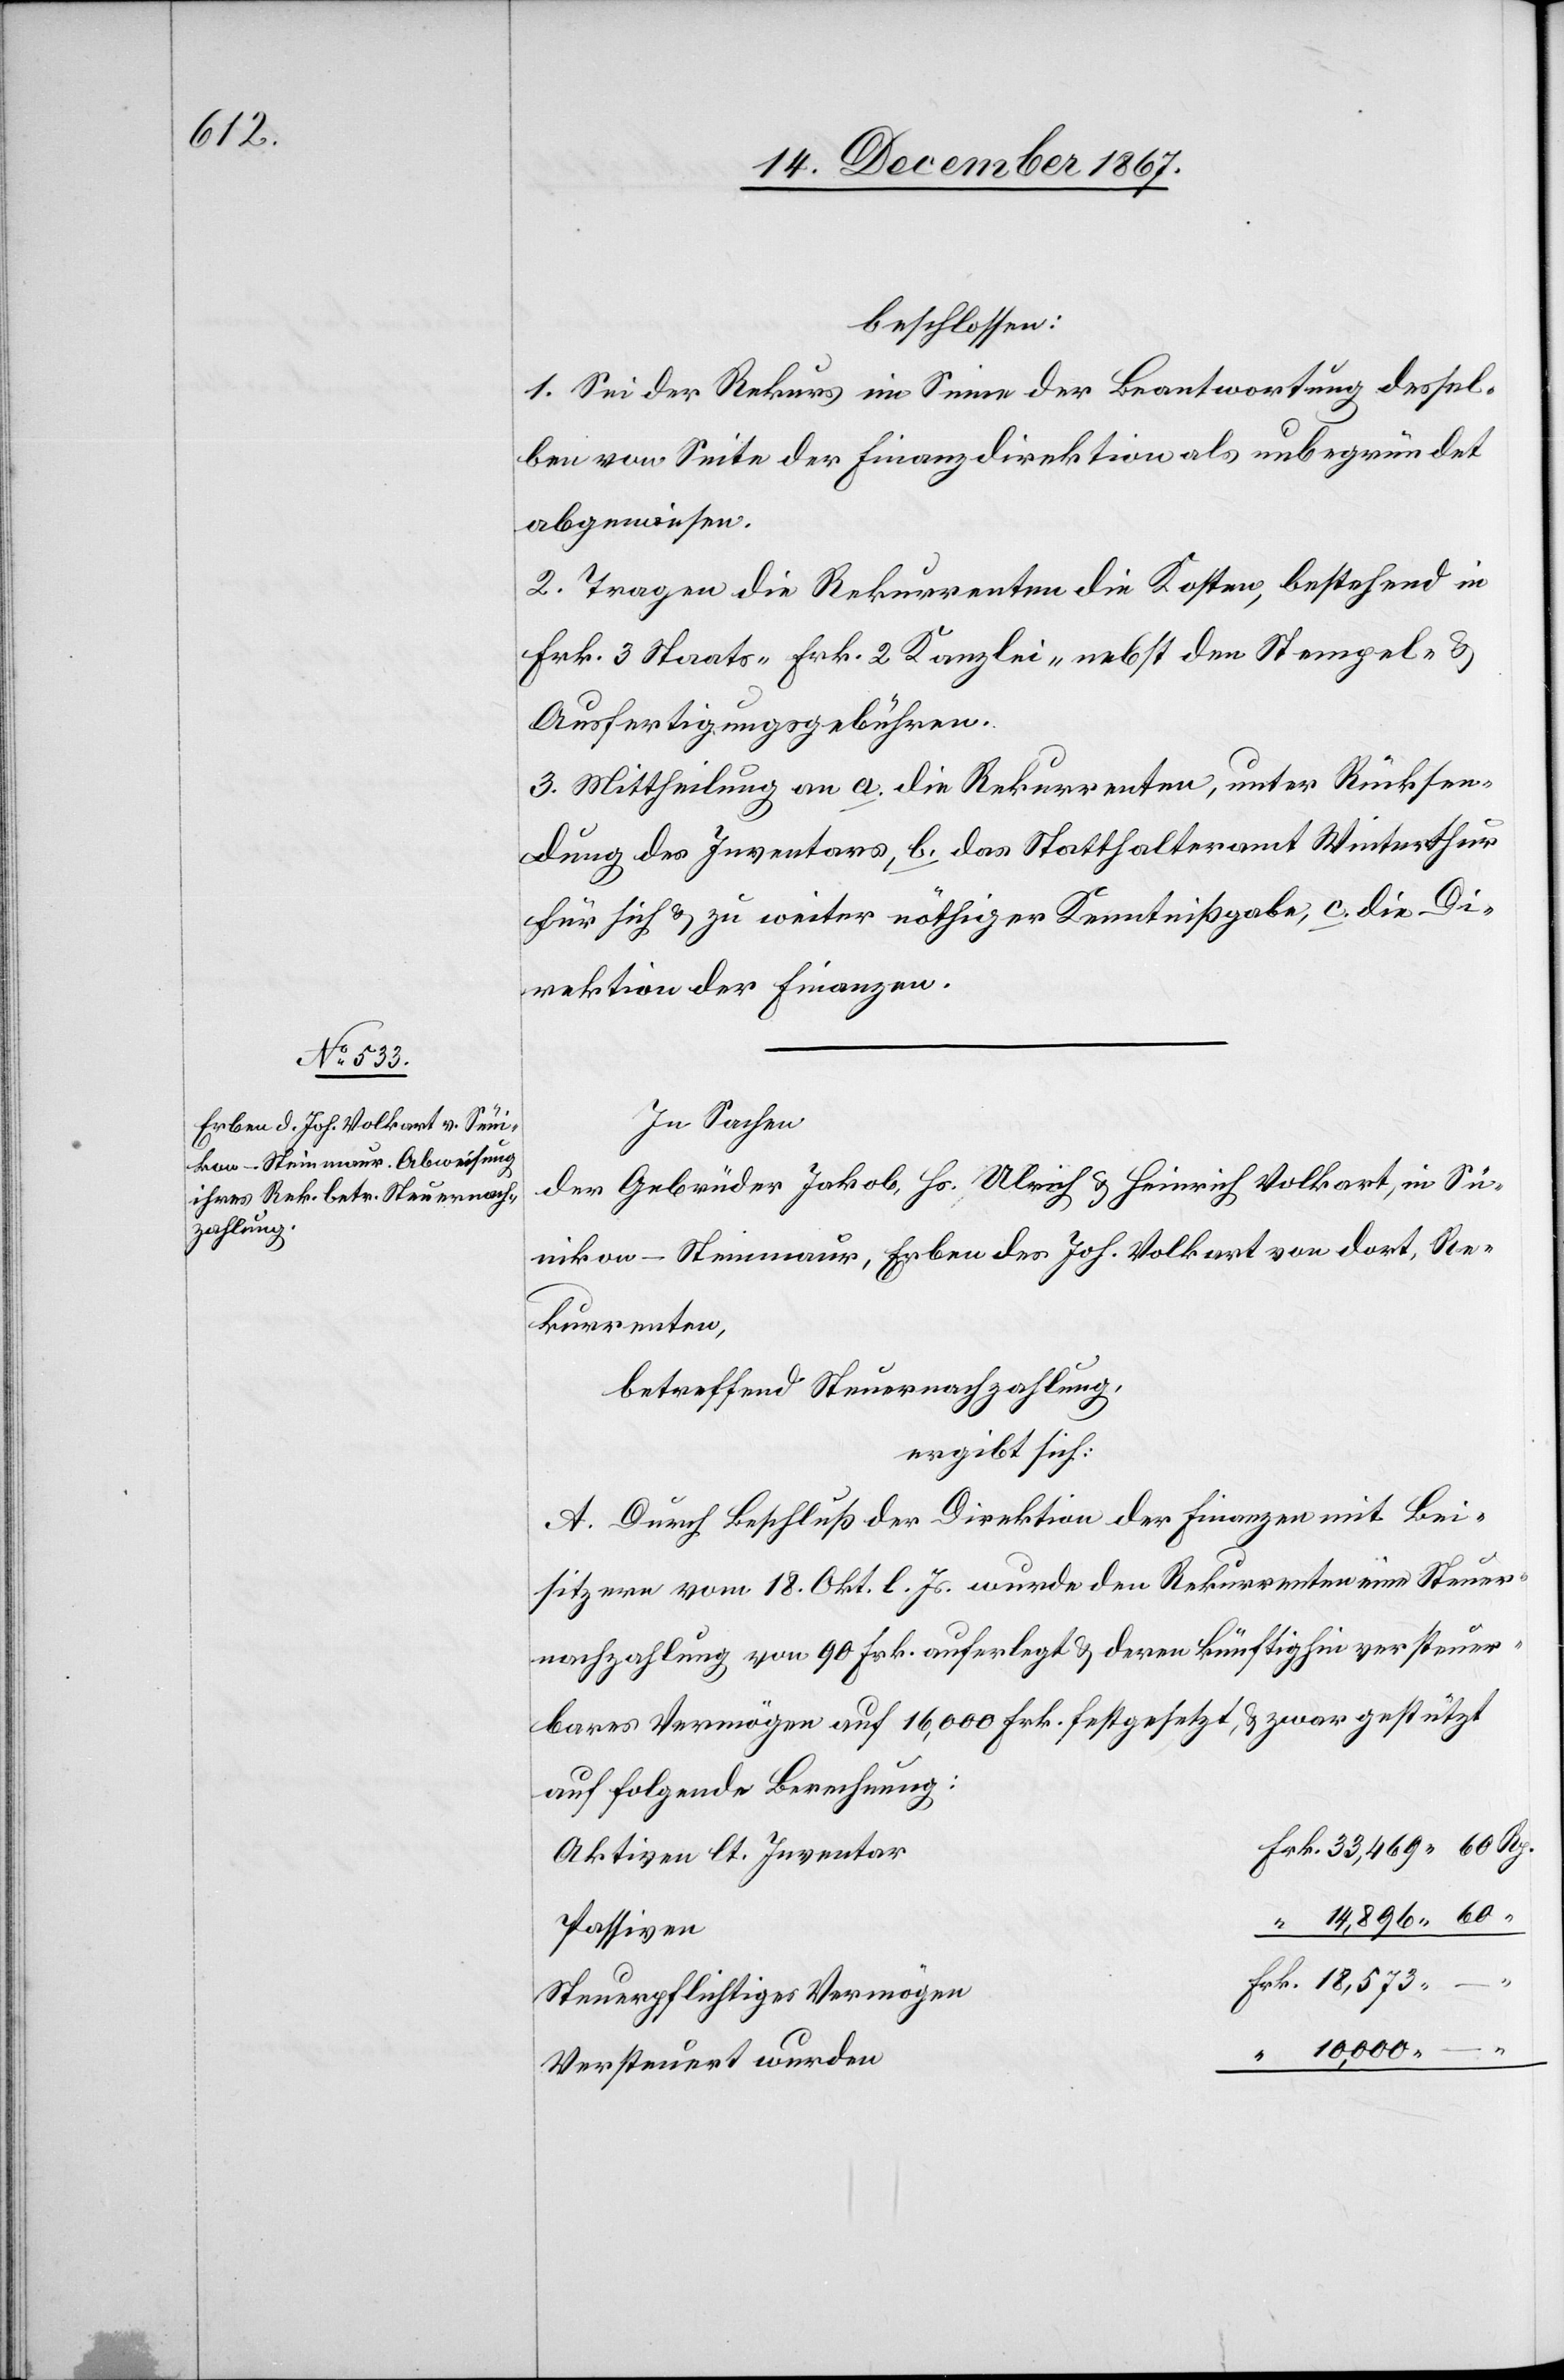
469.

beschlossen:
1. Sei der Rekurs im Sinne der Beantwortung dessel¬
ben von Seite der Finanzdirektion als unbegründet
abgewiesen.
2. Tragen die Rekurrenten die Kosten, bestehend in
Frk. 3 Staats-[,] Frk. 2 Kanzlei- nebst den Stempel- u.
Ausfertigungsgebühren.
3. Mittheilung an a. die Rekurrenten, unter Rücksen¬
dung des Inventars, b. das Statthalteramt Winterthur
für sich, u. zu weiter nöthiger Kenntnißgabe, c. die Di¬
rektion der Finanzen.
In Sachen
der Gebrüder Jakob, Hs. Ulrich u. Heinrich Volkart, in Sü¬
nikon - Steinmaur, Erben des Joh. Volkart von dort, Re¬
kurrenten,
betreffend Steuernachzahlung,
ergibt sich:
A. Durch Beschluß der Direktion der Finanzen mit Bei¬
18 573.
sitzern vom 18. Okt. l. Js. wurde den Rekurrenten eine Steuer¬
nachzahlung von 90 Frk. auferlegt u. deren künftighin versteuer¬
bares Vermögen auf 16 000 Frk. festgesetzt, u. zwar gestützt
auf folgende Berechnung:
Aktiven lt. Inventar
Passiven
Steuerpflichtiges Vermögen
Versteuert wurden